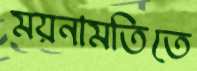
ময়নামতিতে